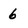
Character: 6